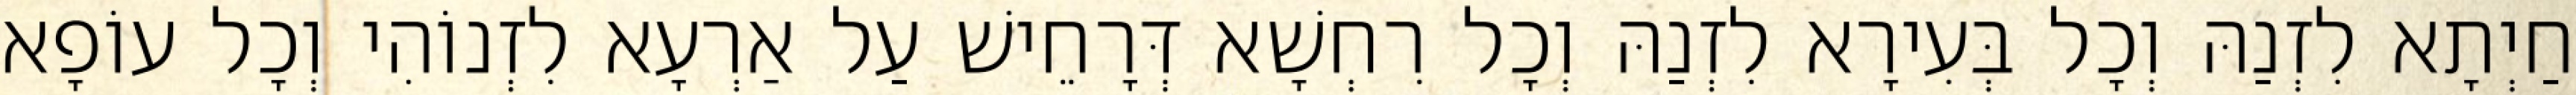
חַיְתָא לִזְנַהּ וְכָל בְּעִירָא לִזְנַהּ וְכָל רִחְשָׁא דְּרָחֵישׁ עַל אַרְעָא לִזְנוֹהִי וְכָל עוֹפָא